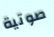
صوتية